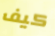
كيف